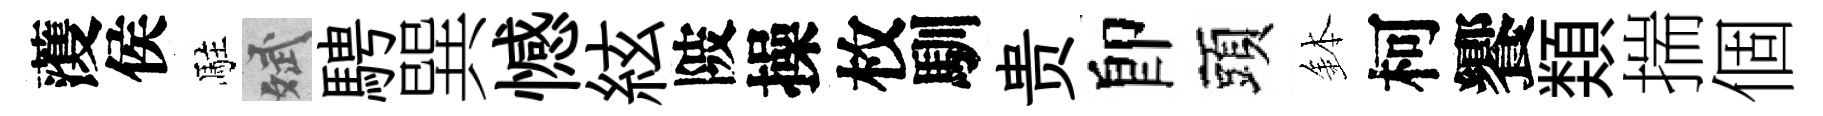
𮑮侯駐斌騁巽憾絃陂操枚馴贵卽頭鉢柯饗𩔖揣個